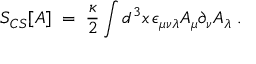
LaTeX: S _ { C S } [ A ] \; = \; \frac { \kappa } { 2 } \int d ^ { 3 } x \, \epsilon _ { \mu \nu \lambda } A _ { \mu } \partial _ { \nu } A _ { \lambda } \; .